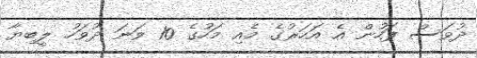
ދުވަސް ފަހުން އެ އަހަރުގެ މެއި މަހުގެ 10 ވަނަ ދުވަހު ލީބިޔާ